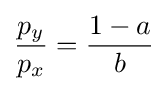
{\frac {p_{y}}{p_{x}}}={\frac {1-a}{b}}